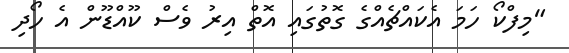
"މިފްކޯ ހަމަ އެކައްޗެއްގެ ގޮތުގައި އޮތް އިރު ވެސް ކޫއްޑޫން އެ ހޯދި